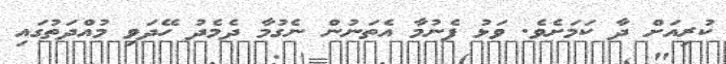
ކުރިއަށް ދާ ކަމަށެވެ. ވަޅު ފެނުމާ އެތަނުން ނެގުމާ ދެމެދު ހޭދަވި މުއްދަތުގައި